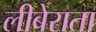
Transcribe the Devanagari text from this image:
लीबेराता